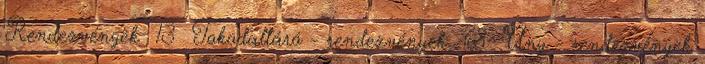
Rendezvények 13 Tokodaltáró - rendezvények 68 Úny - rendezvények